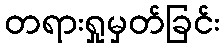
တရားရှုမှတ်ခြင်း